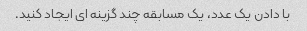
با دادن یک عدد، یک مسابقه چند گزینه ای ایجاد کنید.